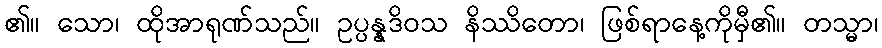
၏။ သော၊ ထိုအာရုဏ်သည်။ ဥပ္ပန္နဒိဝသ နိဿိတော၊ ဖြစ်ရာနေ့ကိုမှီ၏။ တသ္မာ၊